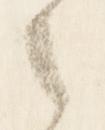
之